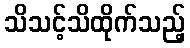
သိသင့်သိထိုက်သည့်